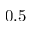
0 . 5